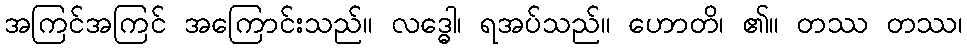
အကြင်အကြင် အကြောင်းသည်။ လဒ္ဓေါ၊ ရအပ်သည်။ ဟောတိ၊ ၏။ တဿ တဿ၊